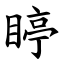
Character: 䁎